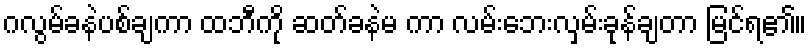
ဂလွမ်ခနဲပစ်ချကာ ထဘီကို ဆတ်ခနဲမ ကာ လမ်းဘေးလှမ်းခုန်ချတာ မြင်ရ၏။